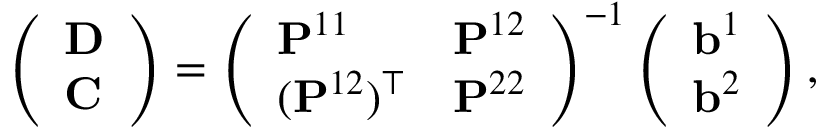
\left( \begin{array} { l } { \mathbf { D } } \\ { \mathbf { C } } \end{array} \right) = \left( \begin{array} { l l } { \mathbf { P } ^ { 1 1 } } & { \mathbf { P } ^ { 1 2 } } \\ { ( \mathbf { P } ^ { 1 2 } ) ^ { \top } } & { \mathbf { P } ^ { 2 2 } } \end{array} \right) ^ { - 1 } \left( \begin{array} { l } { \mathbf { b } ^ { 1 } } \\ { \mathbf { b } ^ { 2 } } \end{array} \right) ,